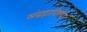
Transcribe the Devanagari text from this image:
संग्रहाविषयी